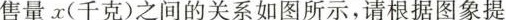
售量x(千克)之间的关系如图所示，请根据图象提